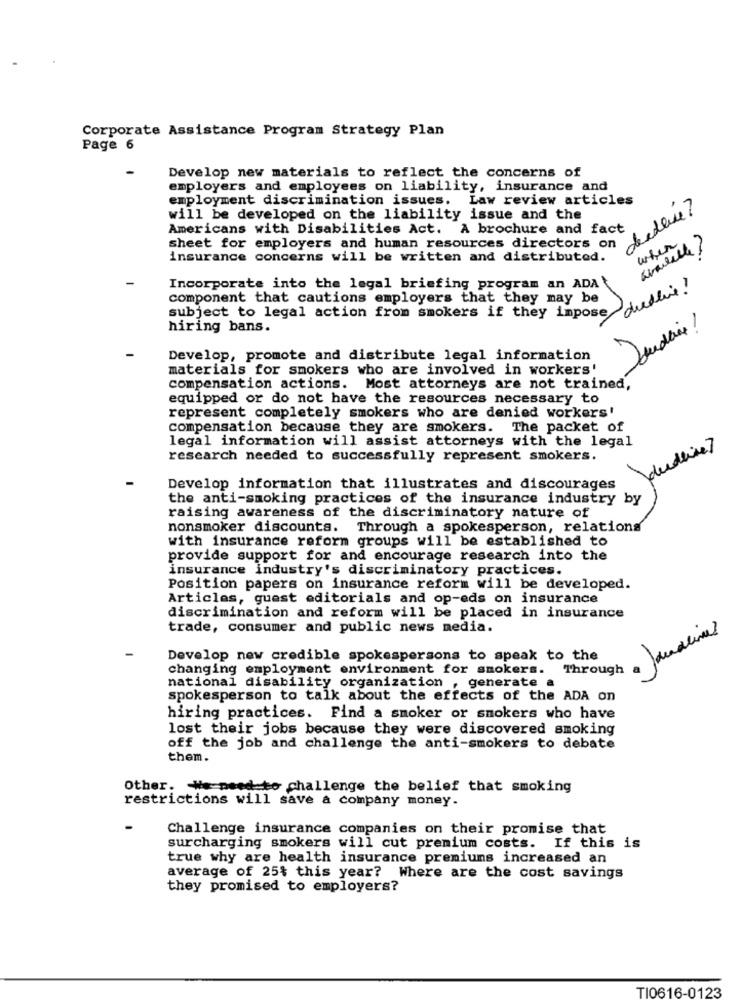
Corporate Assistance Program Strategy Plan
Page 6
Develop new materials to reflect the concerns of
employers and employees on liability, insurance and
employment discrimination issues.
Law review articles
deellie?
will be developed on the liability issue and the
Americans with Disabilities Act. A brochure and fact
when
sheet for employers and human resources directors on
available ?
insurance concerns will be written and distributed.
Incorporate into the legal briefing program an ADA
deadline !
component that cautions employers that they may be
subject to legal action from smokers if they impose
hiring bans.
Jaudan !
Develop, promote and distribute legal information
materials for smokers who are involved in workers'
compensation actions. Most attorneys are not trained,
equipped or do not have the resources necessary to
represent completely smokers who are denied workers'
compensation because they are smokers. The packet of
legal information will assist attorneys with the legal
dudeine?
research needed to successfully represent smokers.
Develop information that illustrates and discourages
the anti-smoking practices of the insurance industry by
raising awareness of the discriminatory nature of
nonsmoker discounts. Through a spokesperson, relations
with insurance reform groups will be established to
provide support for and encourage research into the
insurance industry's discriminatory practices.
Position papers on insurance reform will be developed.
Articles, guest editorials and op-eds on insurance
discrimination and reform will be placed in insurance
trade, consumer and public news media.
Develop new credible spokespersons to speak to the
changing employment environment for smokers. Through
national disability organization , generate
spokesperson to talk about the effects of the ADA on
hiring practices. Find a smoker or smokers who have
lost their jobs because they were discovered smoking
off the job and challenge the anti-smokers to debate
them.
Other. We need to challenge the belief that smoking
restrictions will save a company money.
Challenge insurance companies on their promise that
surcharging smokers will cut premium costs. If this is
true why are health insurance premiums increased an
average of 25% this year? Where are the cost savings
they promised to employers?
TI0616-0123